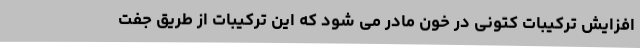
افزایش ترکیبات کتونی در خون مادر می ‌شود که این ترکیبات از طریق جفت